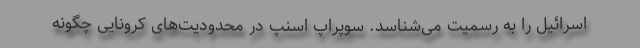
اسرائیل را به رسمیت می‌شناسد. سوپراپ اسنپ در محدودیت‌های کرونایی چگونه